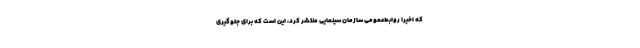
که اخیرا روابط‌عمومی سازمان سینمایی منتشر کرد، این است که برای جلوگیری